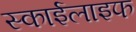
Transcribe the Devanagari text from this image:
स्काईलाइफ